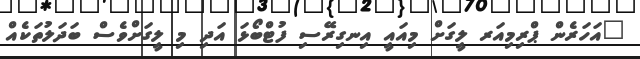
"އަހަރެން ޕްރިމިއަރ ލީގަށް މިއައީ އިނގިރޭސި ފުޓްބޯޅަ އަދި މި ލީގަށްވެސް ބަދަލުތަކެއް